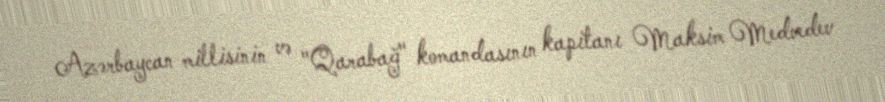
Azərbaycan millisinin və "Qarabağ" komandasının kapitanı Maksim Medvedev